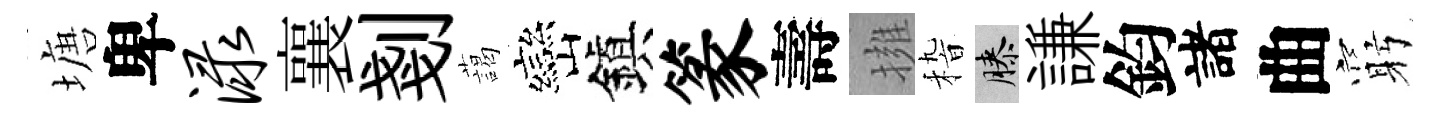
塘卑渌襄剗藹巒鎭篆壽擁𥟵膝謙鈞諸曲窮